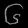
Digit: ၆